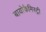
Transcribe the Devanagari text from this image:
बायोकैमिस्ट्री